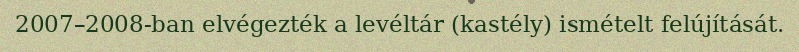
2007–2008-ban elvégezték a levéltár (kastély) ismételt felújítását.